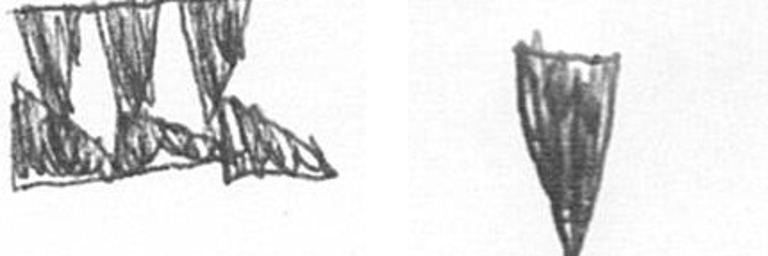
D J